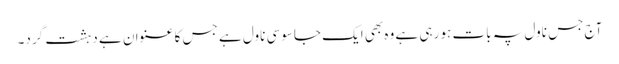
آج جس ناول پہ بات ہو رہی ہے وہ بھی ایک جاسوسی ناول ہے جس کا عنوان ہے دہشت گرد۔